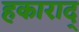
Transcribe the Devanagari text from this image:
हकाराद्